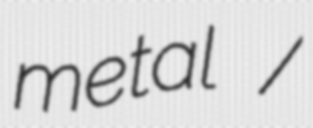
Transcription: metal /